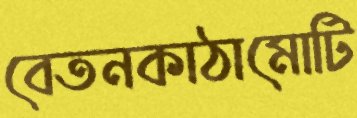
বেতনকাঠামোটি